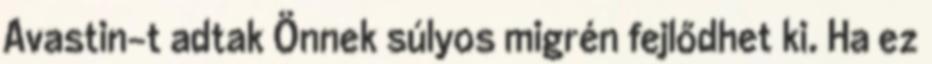
Avastin-t adtak Önnek súlyos migrén fejlődhet ki. Ha ez